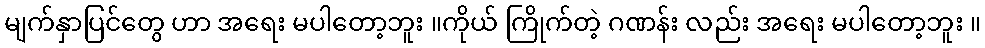
မျက်နှာပြင်တွေ ဟာ အရေး မပါတော့ဘူး ။ကိုယ် ကြိုက်တဲ့ ဂဏန်း လည်း အရေး မပါတော့ဘူး ။